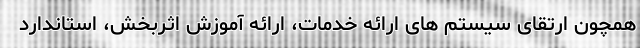
همچون ارتقای سیستم های ارائه خدمات، ارائه آموزش اثربخش، استاندارد